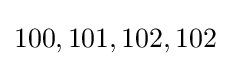
100,101,102,102